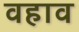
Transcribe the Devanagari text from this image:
वहाव